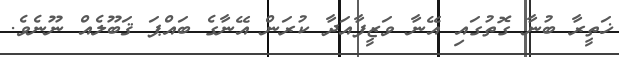
ޚަތީރާ ބުނާ ގޮތުގައި އޭނާ ވަޒީފާއަދާ ކުރަން އޭނާގެ ބައްޕަ ޤަބޫލެއް ނޫނެވެ.